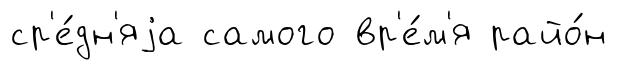
ср'е́дн'яjа самого вр'е́м'я райо́н